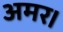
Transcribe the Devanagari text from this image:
अमर।